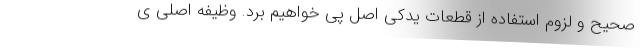
صحیح و لزوم استفاده از قطعات یدکی اصل پی خواهیم برد. وظیفه اصلی ی